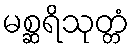
မစ္ဆရိသုတ္တံ